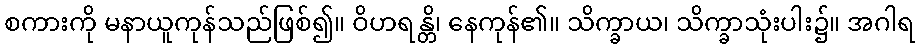
စကားကို မနာယူကုန်သည်ဖြစ်၍။ ဝိဟရန္တိ၊ နေကုန်၏။ သိက္ခာယ၊ သိက္ခာသုံးပါး၌။ အဂါရ